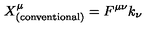
X _ { \mathrm { ( c o n v e n t i o n a l ) } } ^ { \mu } = F ^ { \mu \nu } k _ { \nu }